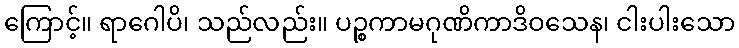
ကြောင့်။ ရာဂေါပိ၊ သည်လည်း။ ပဉ္စကာမဂုဏိကာဒိဝသေန၊ ငါးပါးသော